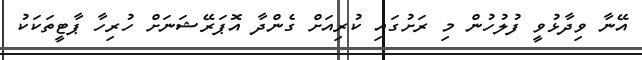
އޭނާ ވިދާޅުވީ ފުލުހުން މި ރަށުގައި ކުރިއަށް ގެންދާ އޮޕަރޭޝަނަށް ހުރިހާ ޕާޓީތަކަކު